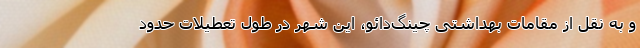
و به نقل از مقامات بهداشتی چینگ‌دائو، این شهر در طول تعطیلات حدود